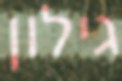
גילון